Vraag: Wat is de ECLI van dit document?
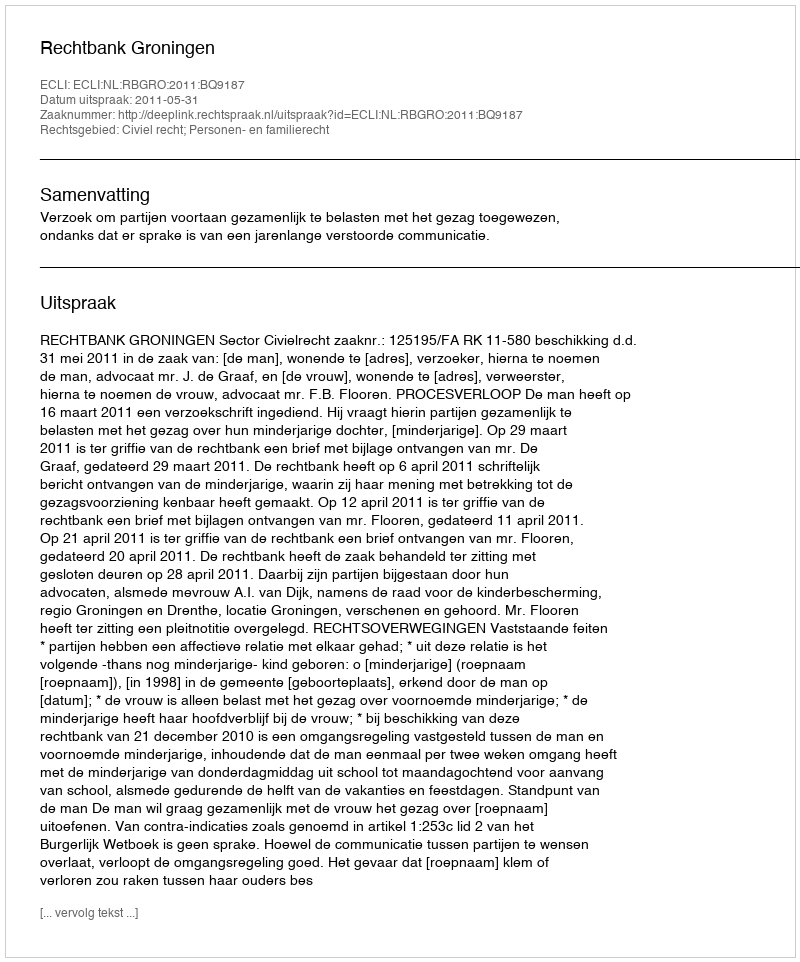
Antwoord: ECLI:NL:RBGRO:2011:BQ9187